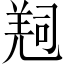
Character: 𠻁